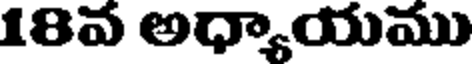
18వ అధ్యాయము